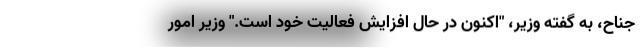
جناح، به گفته وزیر، "اکنون در حال افزایش فعالیت خود است." وزیر امور